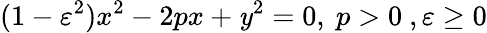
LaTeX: (1-\varepsilon^{2})x^{2}-2px+\mathit{y}^{2}=0,\ p>0\ ,\varepsilon\geq0